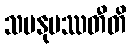
သမနုပဿတီတိ